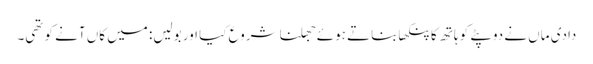
دادی ماں نے دوپٹے کو ہاتھ کا پنکھا بناتے ہوئے جھلنا شروع کیا اور بولیں: میں کاں آنے کو تھی۔